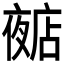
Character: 𱘩